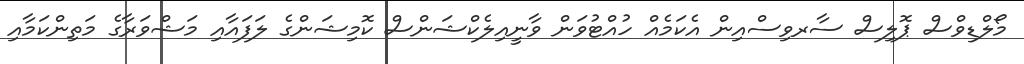
މޯލްޑިވްސް ޕޮލިސް ސާރވިސްއިން އެކަމެއް ހުއްޓުވަން ވާނީއިލެކްޝަންސް ކޮމިޝަންގެ ލަފައާއި މަޝްވަރާގެ މަތިންކަމާއި